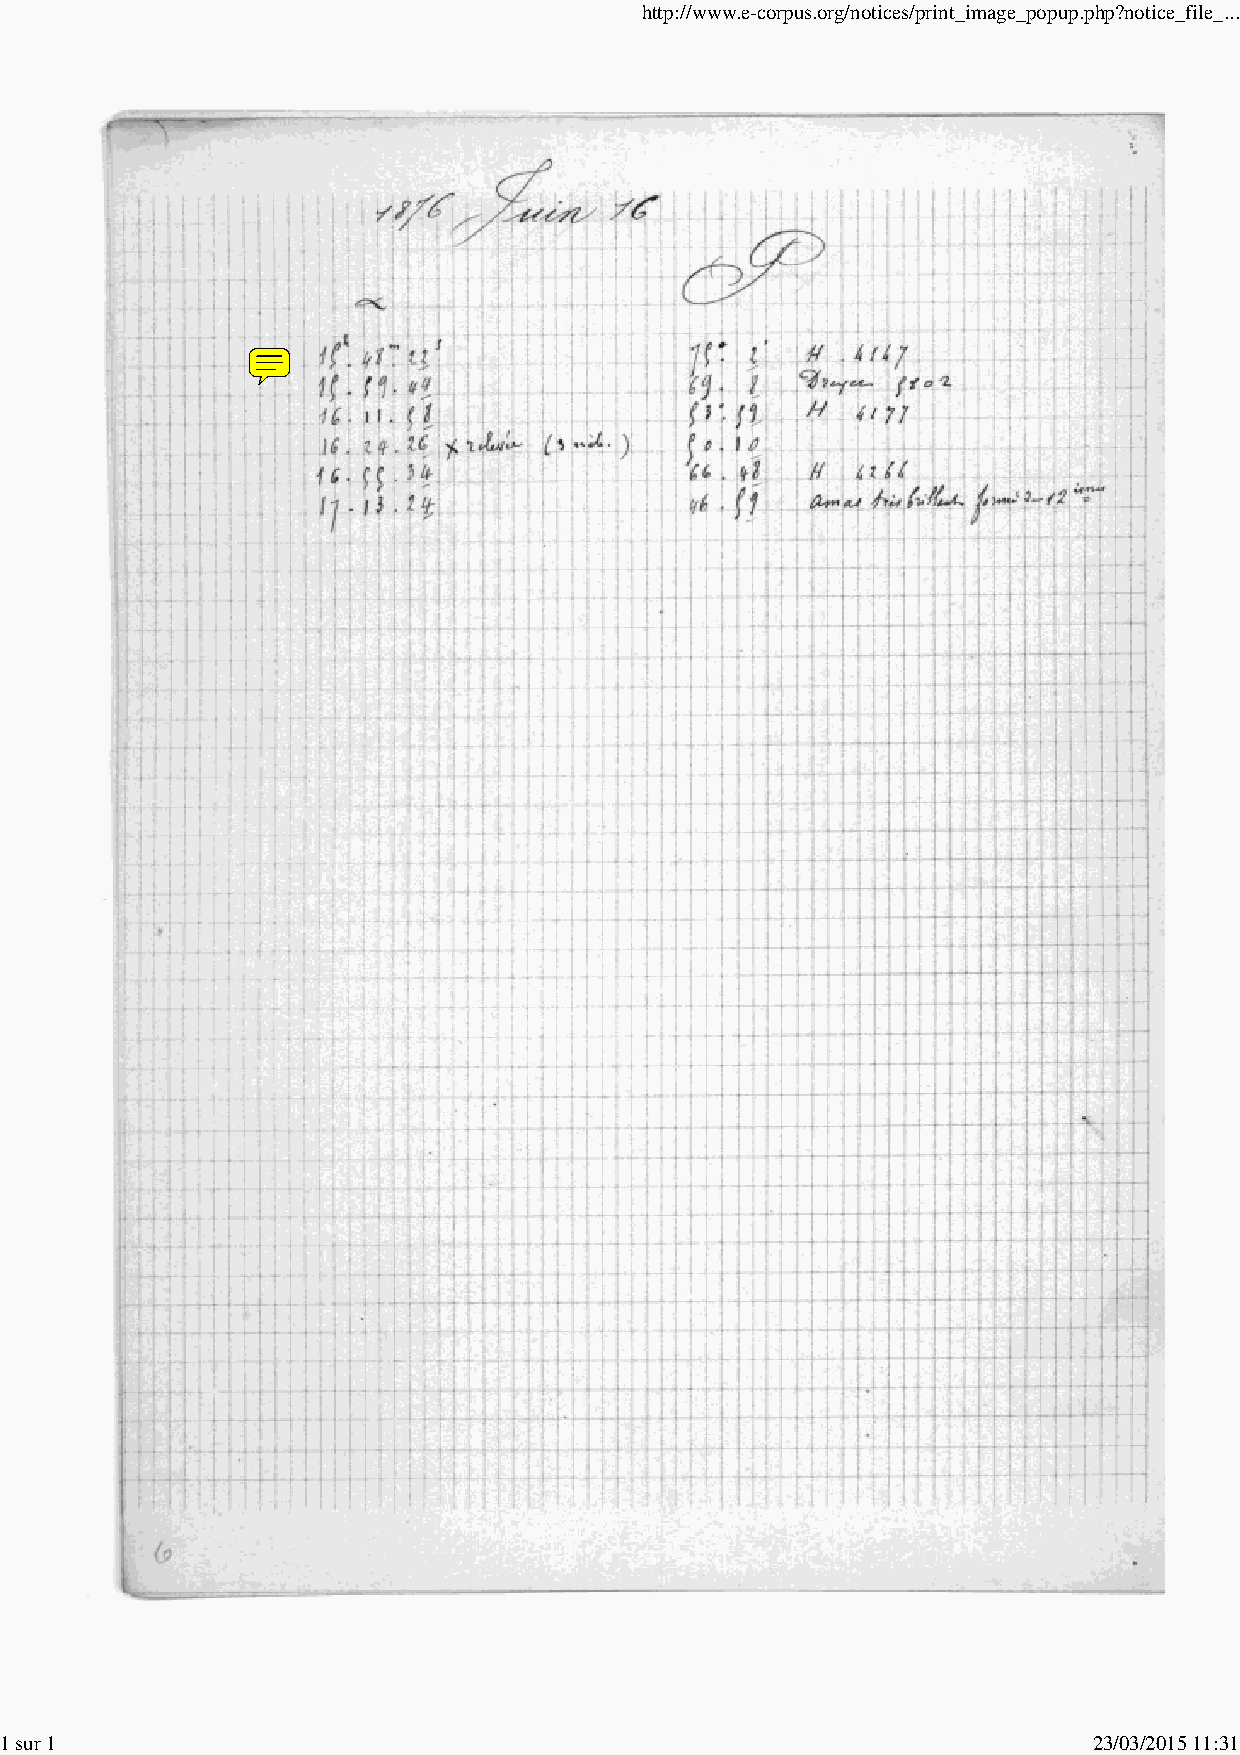
http://www.e-corpus.org/notices/print_image_popup.php?notice_file_...
 1 sur 1                                                                 23/03/2015 11:31